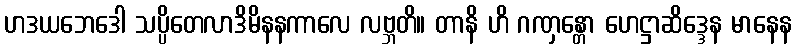
ဟဒယဘေဒေါ သပ္ပိတေလာဒိမိနနကာလေ လဗ္ဘတိ။ တာနိ ဟိ ဂဏှန္တော ဟေဋ္ဌာဆိဒ္ဒေန မာနေန